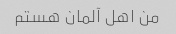
من اهل آلمان هستم